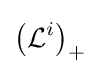
{\big (}{\mathcal {L}}^{i}{\big )}_{+}